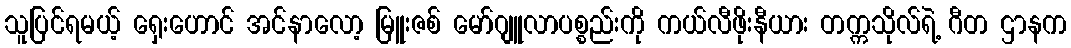
သူပြင်ရမယ့် ရှေးဟောင် အင်နာလော့ မြူးဇစ် မော်ဂျူလာပစ္စည်းကို ကယ်လီဖိုးနီယား တက္ကသိုလ်ရဲ့ ဂီတ ဌာနက